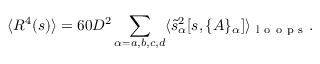
\langle R ^ { 4 } ( s ) \rangle = 6 0 D ^ { 2 } \sum _ { \alpha = a , b , c , d } \langle \tilde { s } _ { \alpha } ^ { 2 } [ s , \{ A \} _ { \alpha } ] \rangle _ { \mathrm { ~ l ~ o ~ o ~ p ~ s ~ } } .